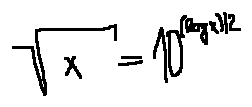
\sqrt { x } = 1 0 ^ { ( \log x ) / 2 }